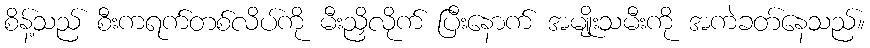
စိန့်သည် စီးကရက်တစ်လိပ်ကို မီးညှိလိုက် ပြီးနောက် အမျိုးသမီးကို အကဲခတ်နေသည်။